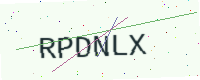
Text: RPDNLX